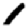
Digit: 1